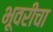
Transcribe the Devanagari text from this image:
भूवरीचा